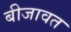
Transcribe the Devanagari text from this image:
बीजावत